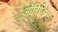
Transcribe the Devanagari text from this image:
ऑरिजिन्स